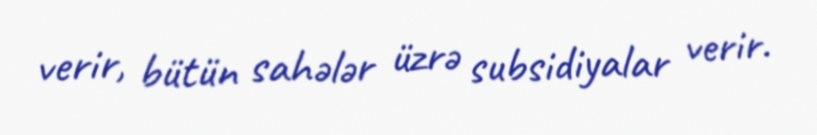
verir, bütün sahələr üzrə subsidiyalar verir.